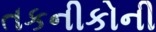
તકનીકોની